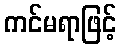
ကင်မရာဖြင့်